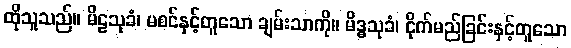
ထိုသူသည်။ မိဠသုခံ၊ မစင်နှင့်တူသော ချမ်းသာကို။ မိဒ္ဓသုခံ၊ ငိုက်မည်ခြင်းနှင့်တူသော